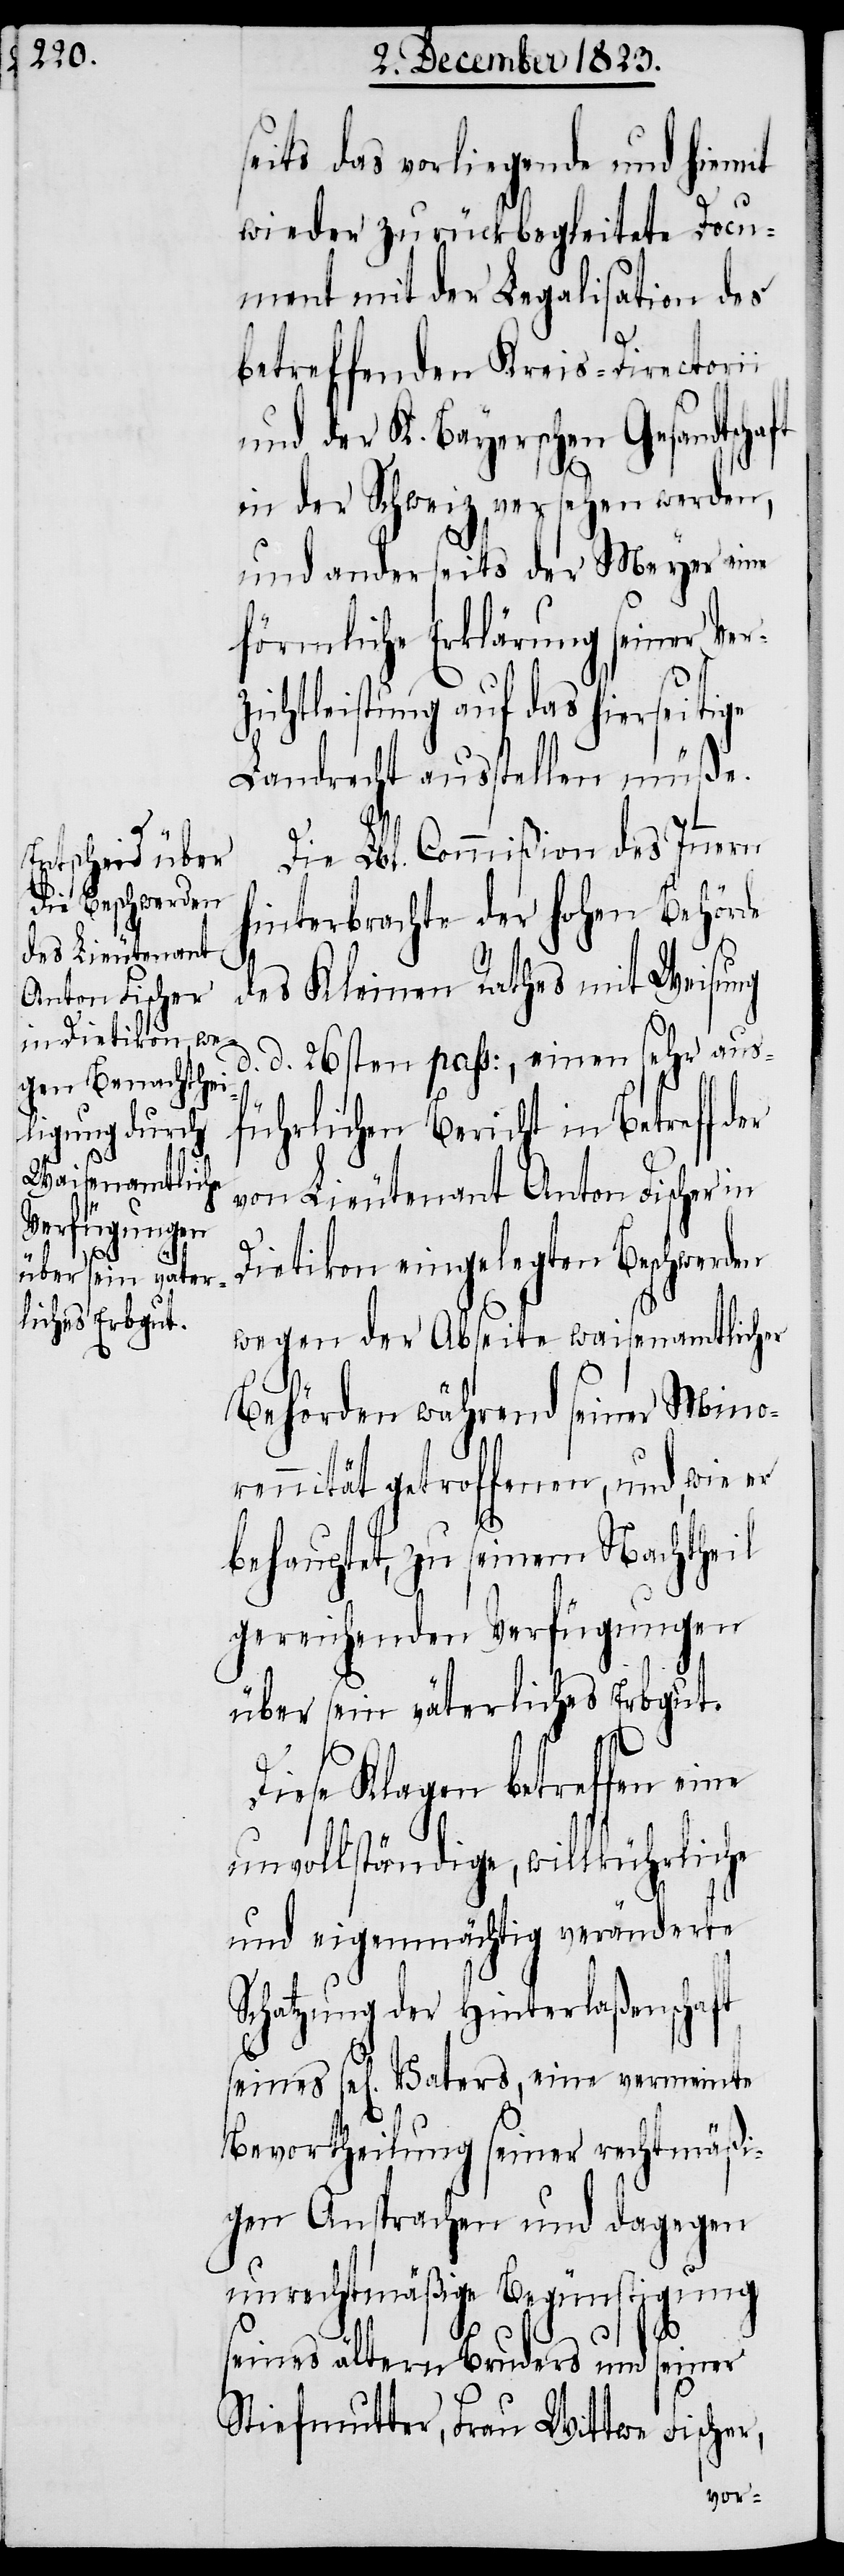
ft

seits das vorliegende und hiemit
wieder zurückbegleitete Docu¬
ment mit der Legalisation des
betreffenden Kreis-Directiorii
und der K. Bayerschen Gesandtscha¬
in der Schweiz versehen werden,
und anderseits der Meyer eine
förmliche Erklärung seiner Ver¬
zichtleistung auf das hierseitige
Landrecht ausstellen müße.
Die Lbl. Commißion des Innern
hinterbrachte der hohen Behörde
des Kleinen Rathes mit Weisung
d. d. 26sten pass:, einen sehr aus¬
führlichen Bericht in Betreff der
von Lieutenant Anton Fischer in
Dietikon eingelegten Beschwerden
wegen der Abseite waisenamtlicher
Behörden während seiner Mino¬
rennität getroffenen, und, wie er
behauptet, zu seinem Nachtheil
gereichenden Verfügungen
über sein väterliches Erbgut.
Diese Klagen betreffen eine
unvollständige, willkührliche
und eigenmächtig veränderte
Schatzung der Hinterlaßenschaft
sel[igen] Vaters, eine vermeinte
Bevortheilung seiner rechtmäßi¬
gen Ansprachen und dagegen
unrechtmäßige Begünstigung
seines ältern Bruders und
seiner
Stiefmutter, Frau Wittwe
Fischer,